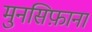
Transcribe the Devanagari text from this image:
मुनसिफ़ाना